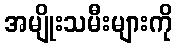
အမျိုးသမီးများကို